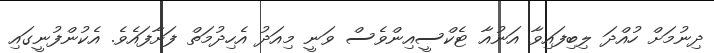
ދިނުމަށް ހުއްދަ ލިބިފައިވާ އަނުއާ ޓެކްސީއިންވެސް ވަނީ މިއަދު އެހިދުމަތް ފަށާފައެވެ. އެކުންފުނީގައި